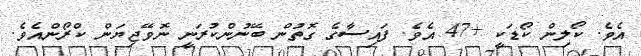
އެވެ. ކޯލިން ކޯޑަކީ +47 އެވެ. ފައިސާގެ ގޮތުން ބޭނުންކުރަނީ ނޮވޭޖިޔަން ކްރޯންއެވެ.